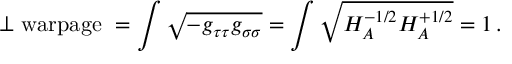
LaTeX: \perp \mathrm { w a r p a g e \ } = \int \sqrt { - g _ { \tau \tau } g _ { \sigma \sigma } } = \int \sqrt { H _ { A } ^ { - 1 / 2 } H _ { A } ^ { + 1 / 2 } } = 1 \, .